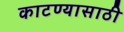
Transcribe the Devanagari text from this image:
काटण्यासाठी